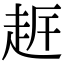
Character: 𧻀